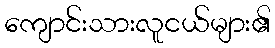
ကျောင်းသားလူငယ်များ၏